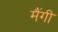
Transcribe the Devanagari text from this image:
मैंगी